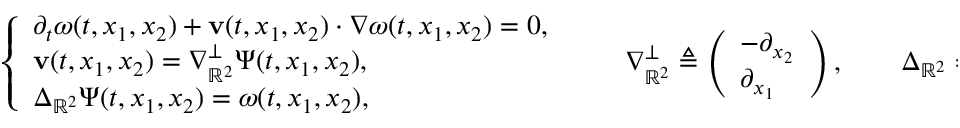
\left\{ \begin{array} { l l } { \partial _ { t } \boldsymbol { \omega } ( t , x _ { 1 } , x _ { 2 } ) + \mathbf { v } ( t , x _ { 1 } , x _ { 2 } ) \cdot \nabla \boldsymbol { \omega } ( t , x _ { 1 } , x _ { 2 } ) = 0 , } \\ { \mathbf { v } ( t , x _ { 1 } , x _ { 2 } ) = \nabla _ { \mathbb { R } ^ { 2 } } ^ { \perp } \boldsymbol { \Psi } ( t , x _ { 1 } , x _ { 2 } ) , } \\ { \Delta _ { \mathbb { R } ^ { 2 } } \boldsymbol { \Psi } ( t , x _ { 1 } , x _ { 2 } ) = \boldsymbol { \omega } ( t , x _ { 1 } , x _ { 2 } ) , } \end{array} \right. \qquad \nabla _ { \mathbb { R } ^ { 2 } } ^ { \perp } \triangleq \left( \begin{array} { l } { - \partial _ { x _ { 2 } } } \\ { \partial _ { x _ { 1 } } } \end{array} \right) , \qquad \Delta _ { \mathbb { R } ^ { 2 } } \triangleq \partial _ { x _ { 1 } } ^ { 2 } + \partial _ { x _ { 2 } } ^ { 2 } .